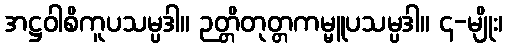
အဋ္ဌဝါစိကူပသမ္ပဒါ။ ဉတ္တိတုတ္တကမ္မူပသမ္ပဒါ။ ၄-မျိုး၊